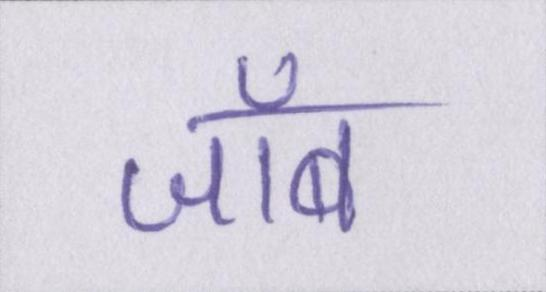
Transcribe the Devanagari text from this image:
जॉब